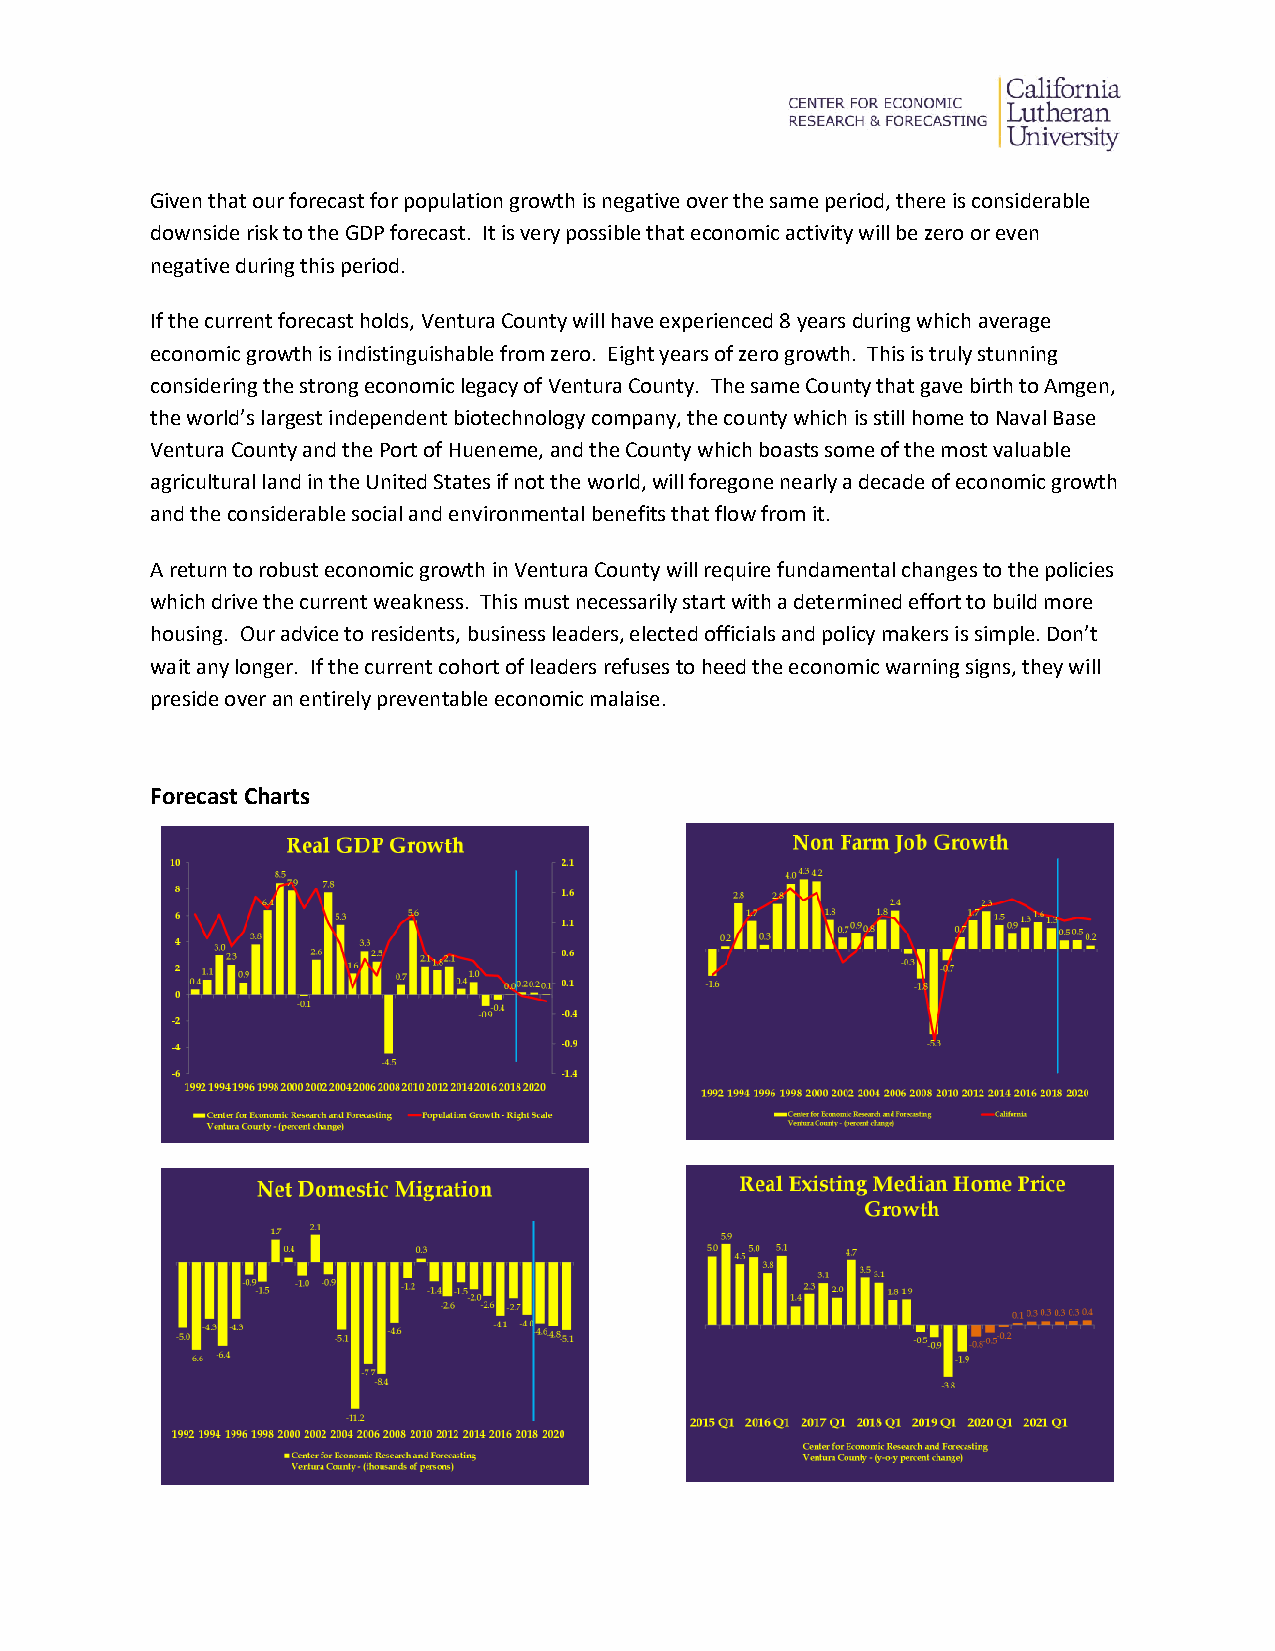
Given that our forecast for population growth is negative over the same period, there is considerable
 downside risk to the GDP forecast. It is very possible that economic activity will be zero or even
 negative during this period.
 If the current forecast holds, Ventura County will have experienced 8 years during which average
 economic growth is indistinguishable from zero. Eight years of zero growth. This is truly stunning
 considering the strong economic legacy of Ventura County. The same County that gave birth to Amgen,
 the world’s largest independent biotechnology company, the county which is still home to Naval Base
 Ventura County and the Port of Hueneme, and the County which boasts some of the most valuable
 agricultural land in the United States if not the world, will foregone nearly a decade of economic growth
 and the considerable social and environmental benefits that flow from it.
 A return to robust economic growth in Ventura County will require fundamental changes to the policies
 which drive the current weakness. This must necessarily start with a determined effort to build more
 housing. Our advice to residents, business leaders, elected officials and policy makers is simple. Don’t
 wait any longer. If the current cohort of leaders refuses to heed the economic warning signs, they will
 preside over an entirely preventable economic malaise.
 Forecast Charts